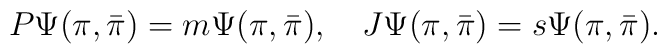
P\Psi(\pi,{\bar\pi})= m\Psi(\pi,{\bar\pi}),\quad {J}\Psi(\pi,{\bar\pi}) = s\Psi(\pi,{\bar\pi}).